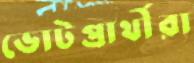
ভোটপ্রার্থীরা